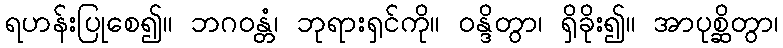
ရဟန်းပြုစေ၍။ ဘဂဝန္တံ၊ ဘုရားရှင်ကို။ ဝန္ဒိတွာ၊ ရှိခိုး၍။ အာပုစ္ဆိတွာ၊